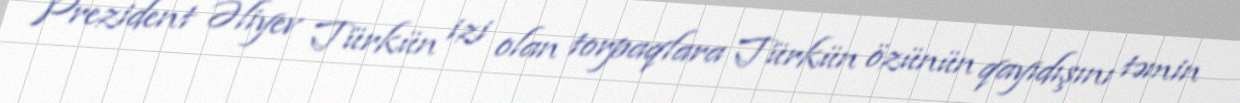
Prezident Əliyev Türkün izi olan torpaqlara Türkün özünün qayıdışını təmin